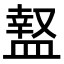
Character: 𥂎